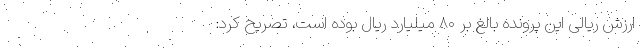
ارزش ریالی این پرونده بالغ بر ۸۰ میلیارد ریال بوده است، تصریح کرد: